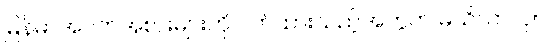
မြန်မာအဝတ်အစားများကို ဝတ်ထားသည့်အတွက် မသိသာလှ။